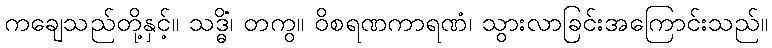
ကချေသည်တို့နှင့်။ သဒ္ဓိံ၊ တကွ။ ဝိစရဏကာရဏံ၊ သွားလာခြင်းအကြောင်းသည်။